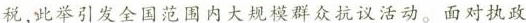
税，此举引发全国范围内大规模群众抗议活动。面对执政